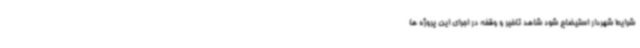
شرایط شهردار استیضاح شود شاهد تاخیر و وقفه در اجرای این پروژه ها